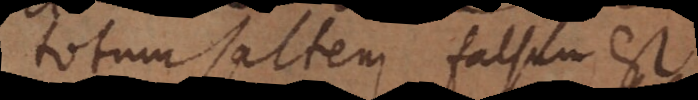
totum saltem falsum est.